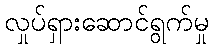
လှုပ်ရှားဆောင်ရွက်မှု